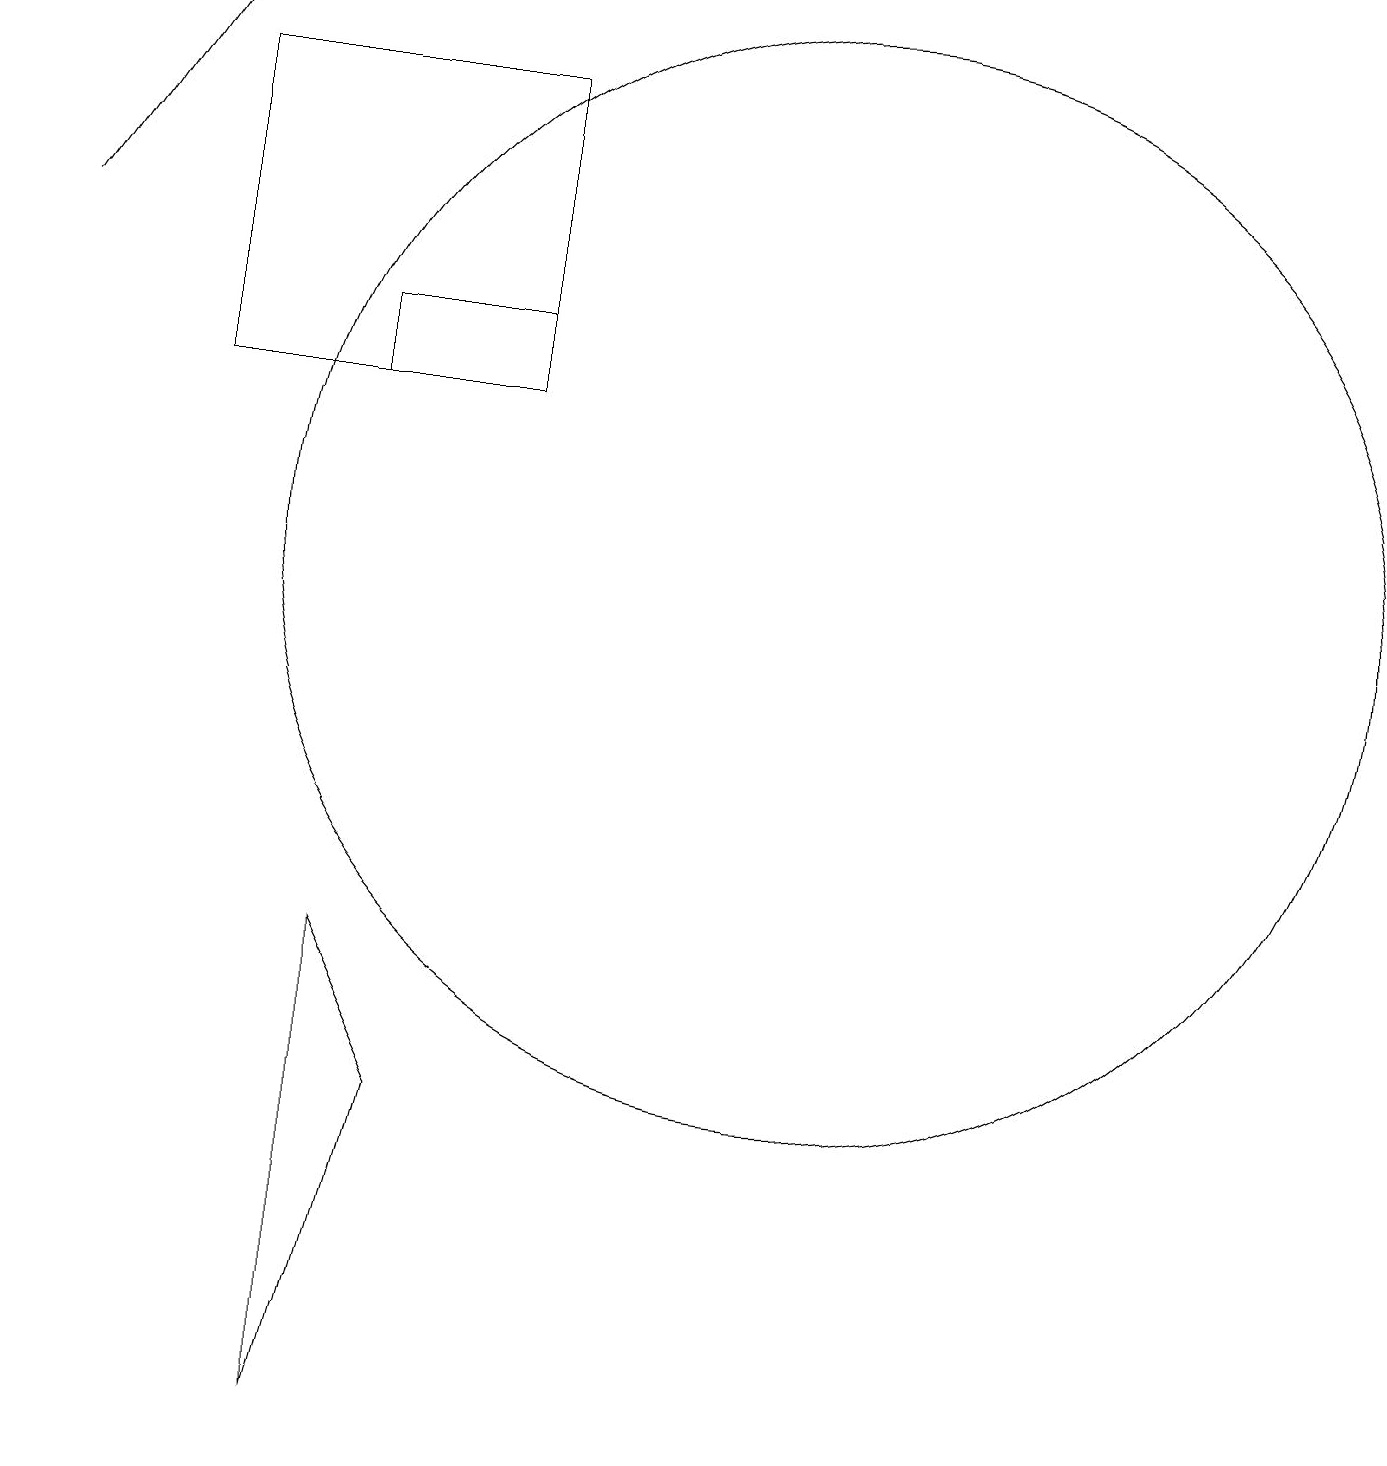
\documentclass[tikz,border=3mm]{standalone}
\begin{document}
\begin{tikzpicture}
\draw (6,13) rectangle (2,17);
\draw (4,14) rectangle (6,13);
\draw (5,4) -- (4,0) -- (4,6) -- cycle;
\draw (10,11) circle (7);
\draw[->] (0,15) -- (2,18);
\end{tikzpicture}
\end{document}